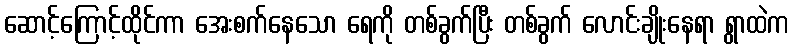
ဆောင့်ကြောင့်ထိုင်ကာ အေးစက်နေသော ရေကို တစ်ခွက်ပြီး တစ်ခွက် လောင်းချိုးနေရာ ရွာထဲက